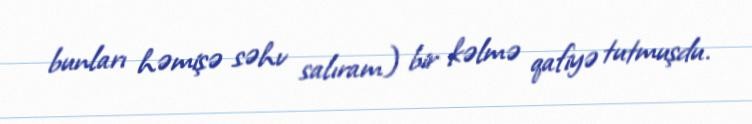
bunları həmişə səhv salıram) bir kəlmə qafiyə tutmuşdu.